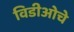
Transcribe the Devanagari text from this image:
विडीओचे